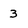
Character: 3